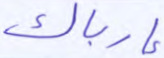
إرباك